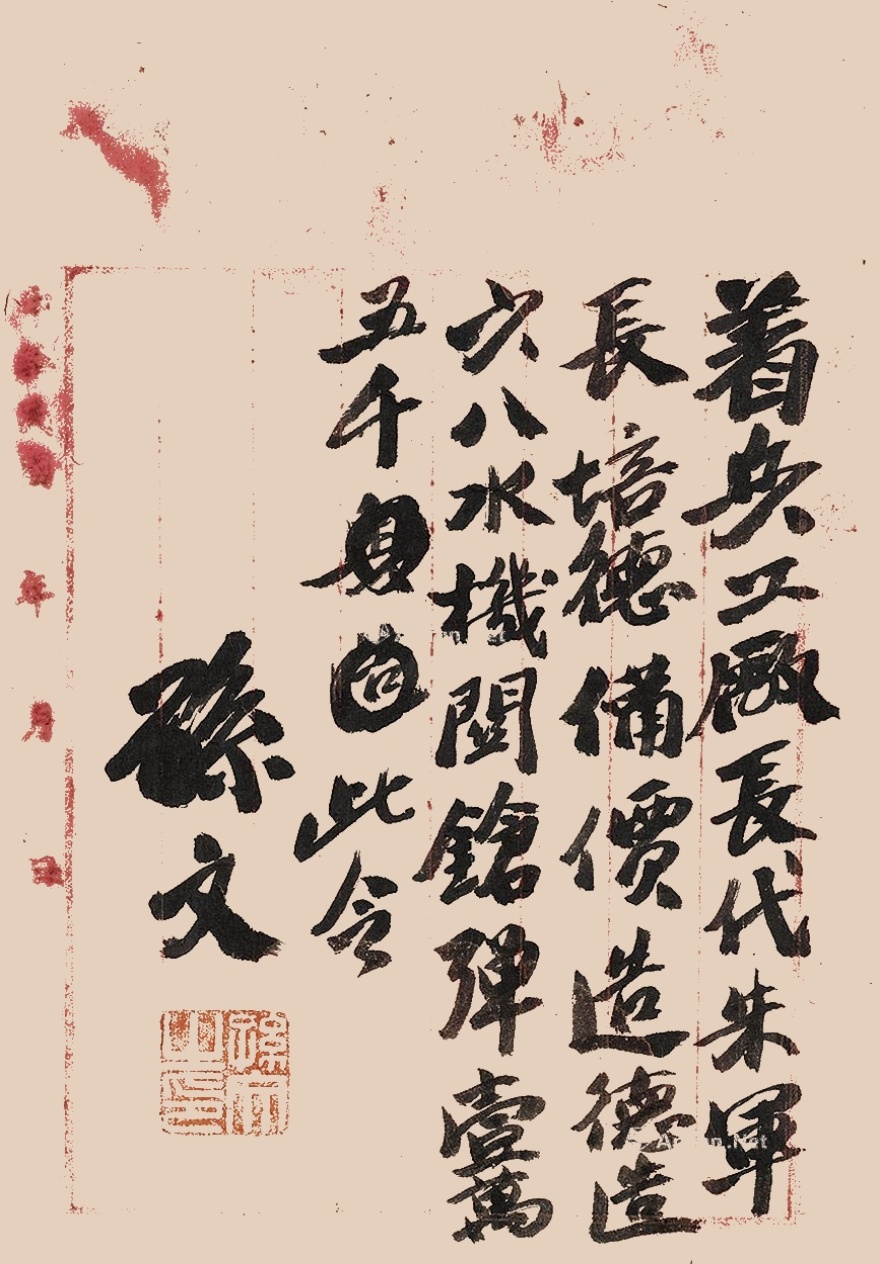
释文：着兵工厂长代朱军长培德，备价造德造六八水机关枪，弹壹万五千。此令。孙文。